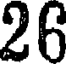
26